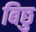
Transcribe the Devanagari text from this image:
बिछु